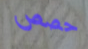
حصص